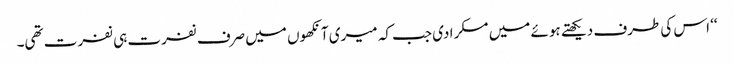
‘‘ اس کی طرف دیکھتے ہوئے میں مسکرا دی جب کہ میری آنکھوں میں صرف نفرت ہی نفرت تھی۔